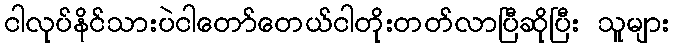
ငါလုပ်နိင်သားပဲငါတော်တေယ်ငါတိုးတတ်လာပြီဆိုပြီး သူများ